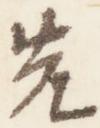
先